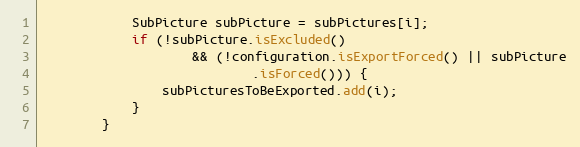
Language: Java
			SubPicture subPicture = subPictures[i];
			if (!subPicture.isExcluded()
					&& (!configuration.isExportForced() || subPicture
							.isForced())) {
				subPicturesToBeExported.add(i);
			}
		}